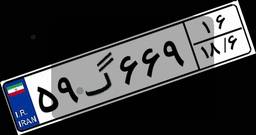
۵۹گ۶۶۹۱۶